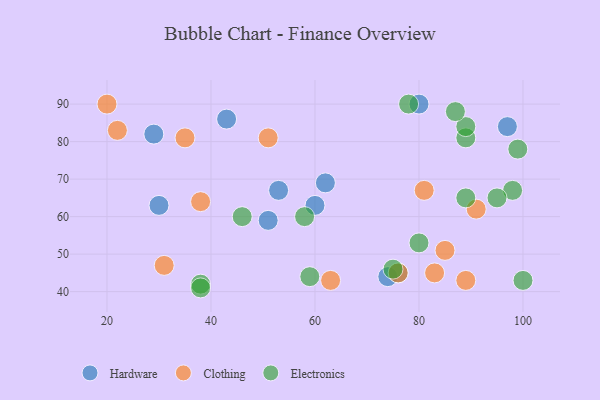
{"axis": {"x": "GDP", "y": "Life Expectancy"}, "legend": ["Clothing", "Electronics", "Hardware"], "data": [{"x": "62", "y": 69, "type": "Hardware"}, {"x": "30", "y": 63, "type": "Hardware"}, {"x": "43", "y": 86, "type": "Hardware"}, {"x": "80", "y": 90, "type": "Hardware"}, {"x": "74", "y": 44, "type": "Hardware"}, {"x": "29", "y": 82, "type": "Hardware"}, {"x": "97", "y": 84, "type": "Hardware"}, {"x": "76", "y": 45, "type": "Hardware"}, {"x": "53", "y": 67, "type": "Hardware"}, {"x": "60", "y": 63, "type": "Hardware"}, {"x": "51", "y": 59, "type": "Hardware"}, {"x": "76", "y": 45, "type": "Clothing"}, {"x": "89", "y": 43, "type": "Clothing"}, {"x": "31", "y": 47, "type": "Clothing"}, {"x": "85", "y": 51, "type": "Clothing"}, {"x": "22", "y": 83, "type": "Clothing"}, {"x": "63", "y": 43, "type": "Clothing"}, {"x": "35", "y": 81, "type": "Clothing"}, {"x": "51", "y": 81, "type": "Clothing"}, {"x": "83", "y": 45, "type": "Clothing"}, {"x": "81", "y": 67, "type": "Clothing"}, {"x": "91", "y": 62, "type": "Clothing"}, {"x": "38", "y": 64, "type": "Clothing"}, {"x": "20", "y": 90, "type": "Clothing"}, {"x": "78", "y": 90, "type": "Electronics"}, {"x": "38", "y": 42, "type": "Electronics"}, {"x": "58", "y": 60, "type": "Electronics"}, {"x": "89", "y": 81, "type": "Electronics"}, {"x": "38", "y": 41, "type": "Electronics"}, {"x": "89", "y": 84, "type": "Electronics"}, {"x": "87", "y": 88, "type": "Electronics"}, {"x": "98", "y": 67, "type": "Electronics"}, {"x": "75", "y": 46, "type": "Electronics"}, {"x": "100", "y": 43, "type": "Electronics"}, {"x": "80", "y": 53, "type": "Electronics"}, {"x": "95", "y": 65, "type": "Electronics"}, {"x": "59", "y": 44, "type": "Electronics"}, {"x": "46", "y": 60, "type": "Electronics"}, {"x": "99", "y": 78, "type": "Electronics"}, {"x": "89", "y": 65, "type": "Electronics"}]}